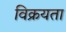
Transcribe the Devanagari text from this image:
विक्रयता